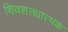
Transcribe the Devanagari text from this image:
शिवशक्त्यात्मकं